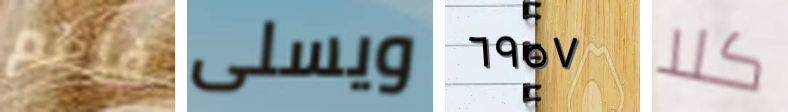
فنعم ويسلى ٦٩٥٧ كلا